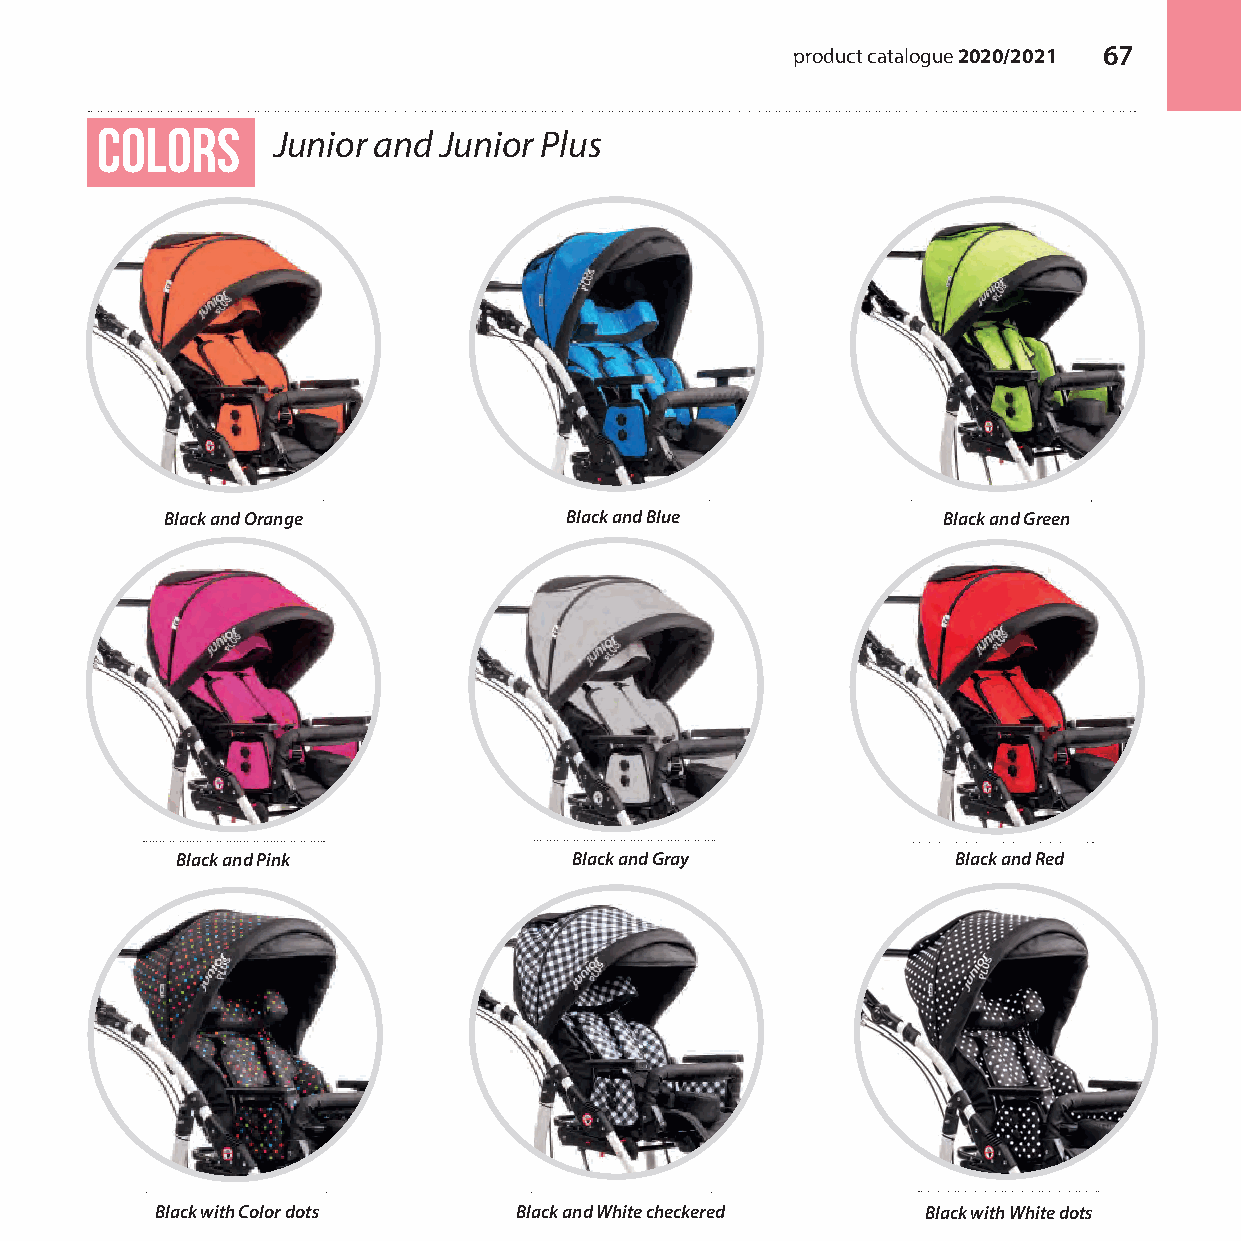
product catalogue 2020/2021 67
 colors
 Junior and Junior Plus
 Black and Orange          Black and Blue           Black and Green
 Black and Pink            Black and Gray           Black and Red
 Black with Color dots   Black and White checkered  Black with White dots